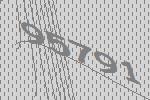
95791